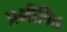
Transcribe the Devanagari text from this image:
प्रभीवित